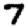
Digit: 7